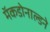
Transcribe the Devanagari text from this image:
मॅकडोनाल्डने